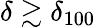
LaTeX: \delta\gtrsim\delta_{100}